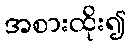
အစားထိုး၍